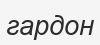
гардон